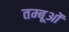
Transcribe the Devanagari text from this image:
तम्बूओं